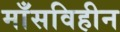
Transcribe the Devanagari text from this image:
माँसविहीन